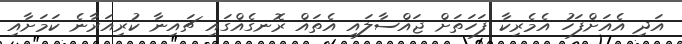
އަދި އެއަށްފަހު އެމެރިކާ ފަހަތަށް ޖައްސާލައި އެތައް ރޮނގެއްގައި ޗައިނާ ކުރިއަރާނެ ކަމަށާއި